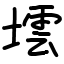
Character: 墵